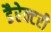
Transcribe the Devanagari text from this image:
डैरेक्टरी